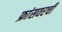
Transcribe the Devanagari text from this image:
फ्रांसवरची